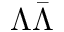
\Lambda \bar { \Lambda }